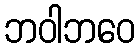
ဘဝါဘဝေ